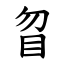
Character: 䀜